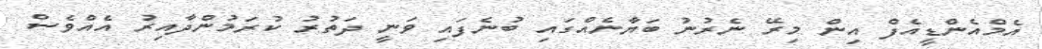
އެމްއެންޑީއެފް އިން މިރޭ ނެރުނު ބަޔާނެއްގައި ބުނެފައި ވަނީ ދަތުރު ކުރަމުންދާއިރު އެއްވެސް